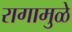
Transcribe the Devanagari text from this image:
रागामुळे